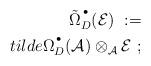
LaTeX: \begin{align*}\tilde{\Omega}_D^{\,^\bullet} ({\mathcal E}) \ := \\tilde{\Omega}_D^{\,^\bullet} ({\mathcal A}) \otimes_{{\mathcal A}}{\mathcal E} \ ;\end{align*}